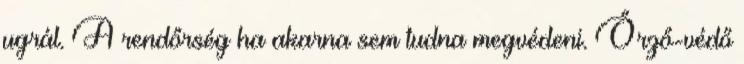
ugrál. A rendőrség ha akarna sem tudna megvédeni. Őrző-védő